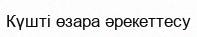
Күшті өзара әрекеттесу